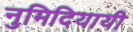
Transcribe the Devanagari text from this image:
नुमिदियायी